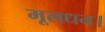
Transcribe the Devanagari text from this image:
मूलधन।